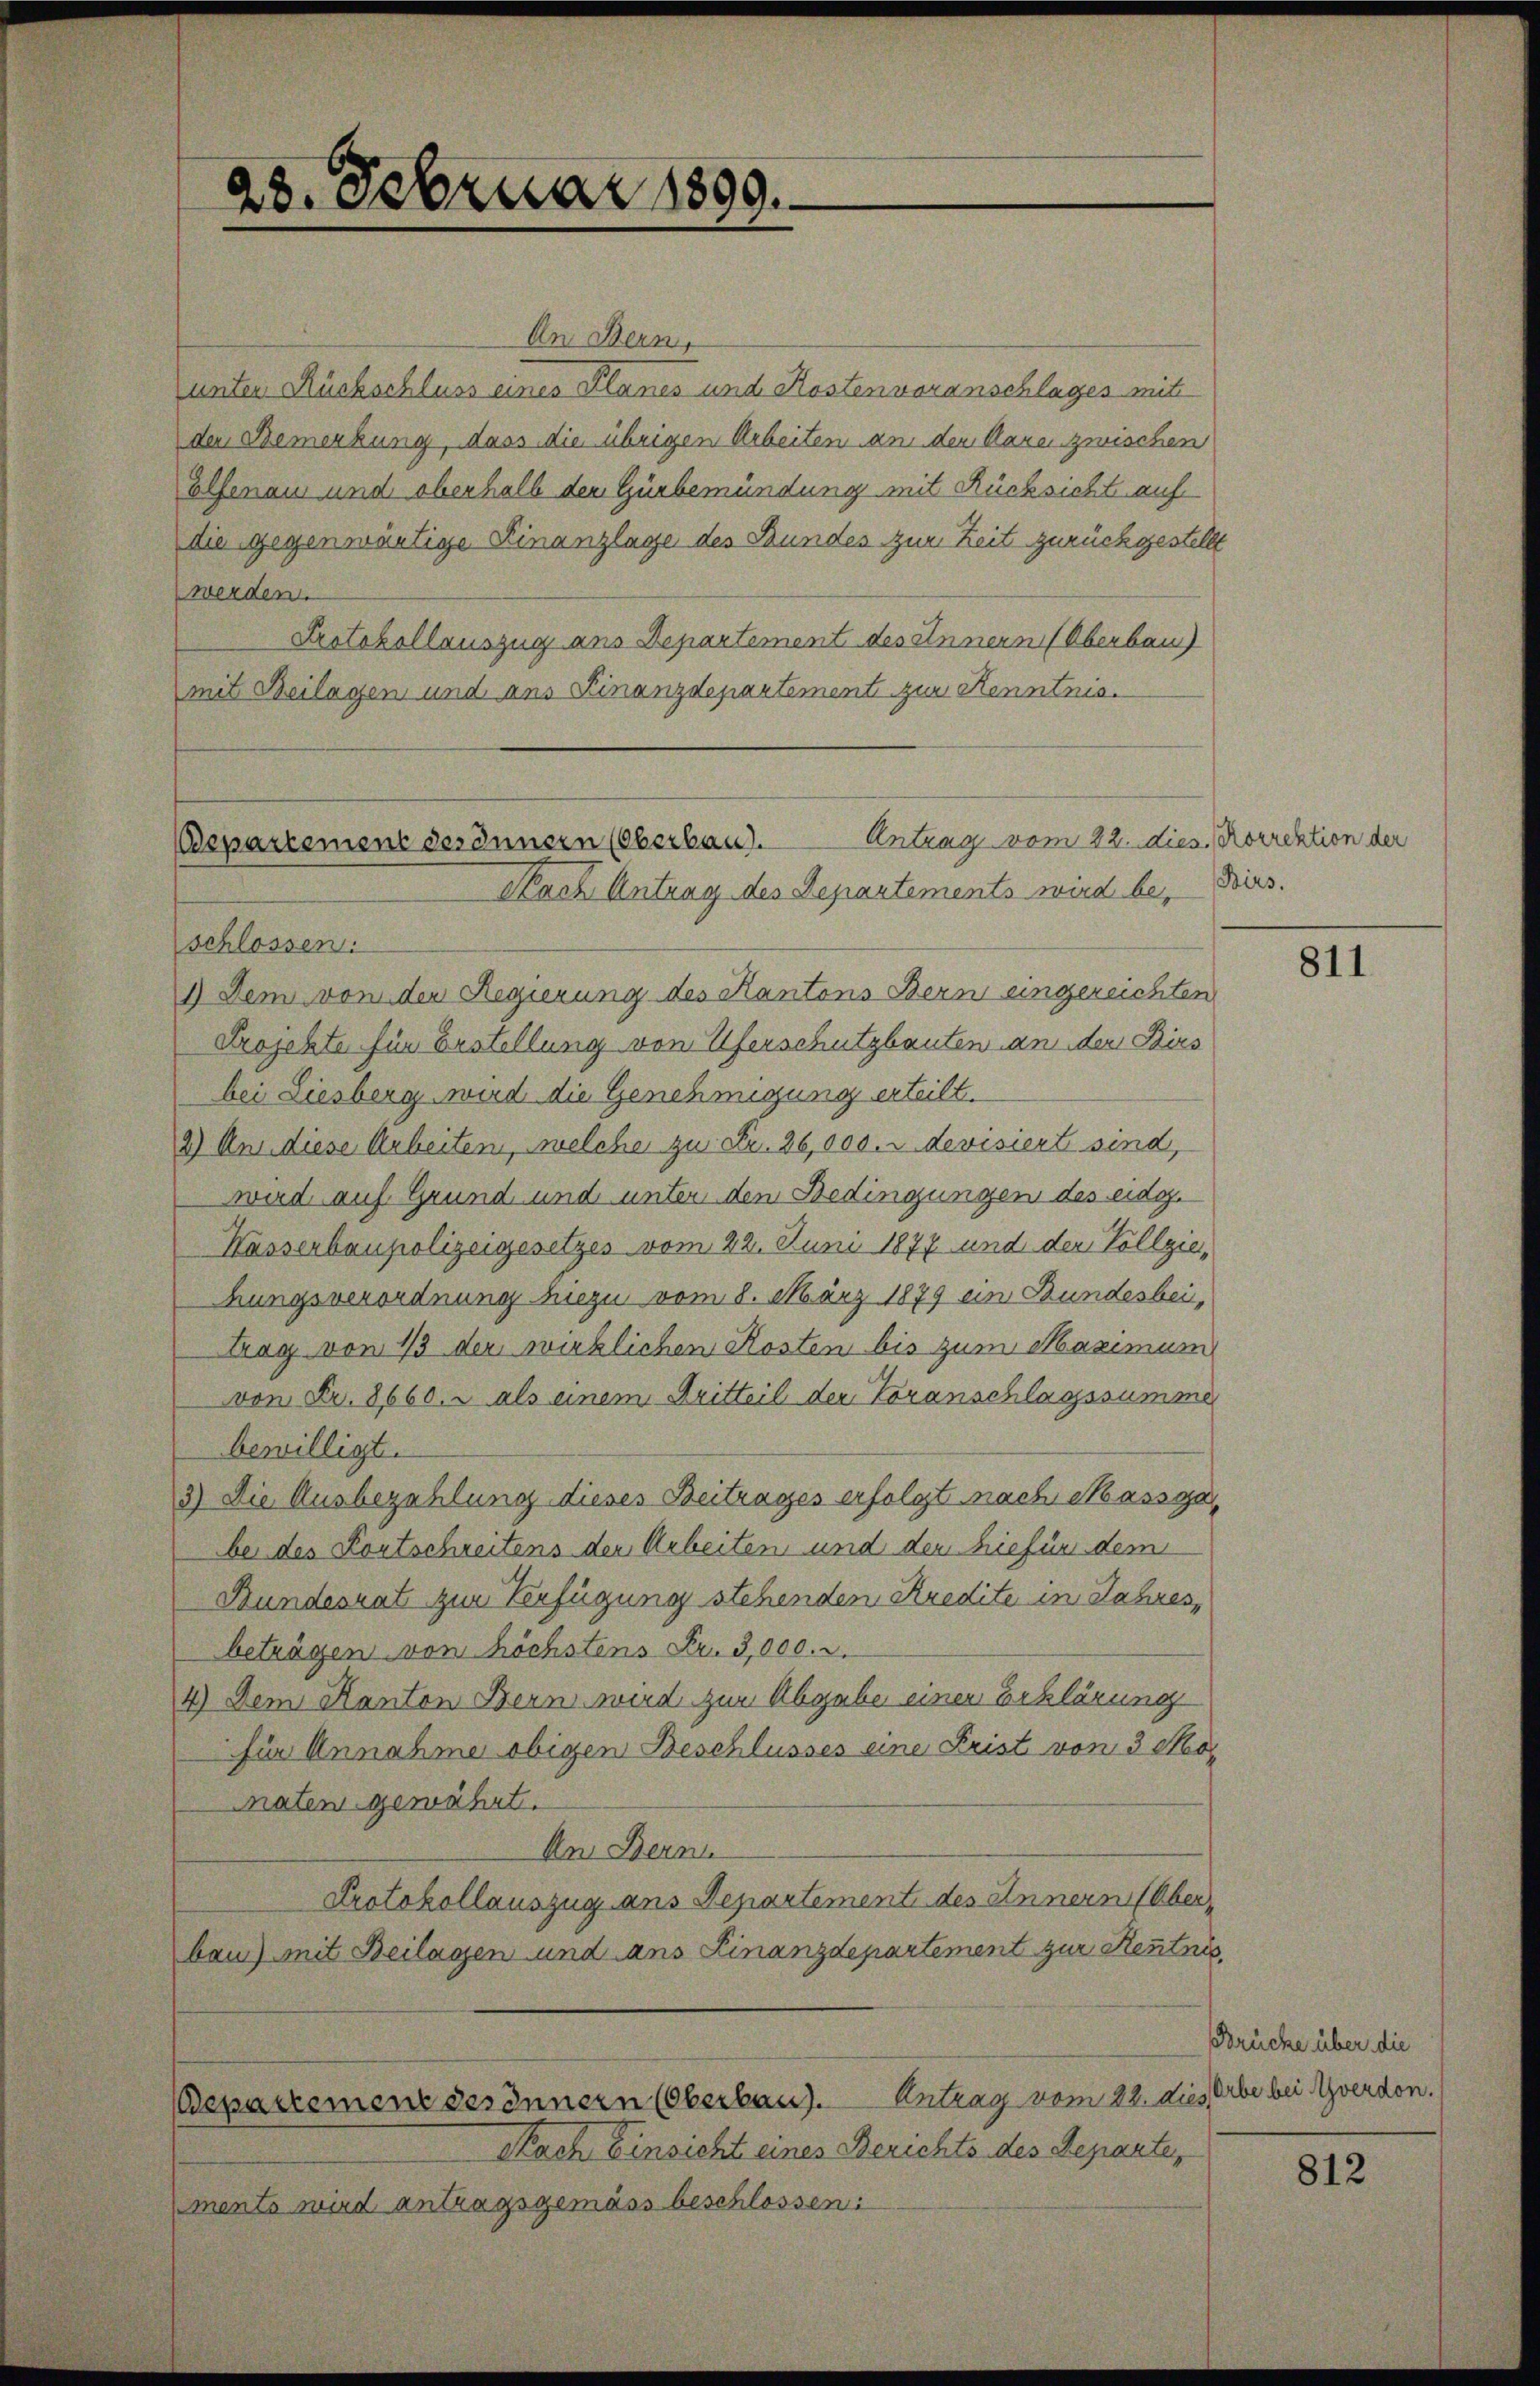
28. Februar 1899.

Antrag vom 22. dies, Korrektion der
Departement des Innern (Oberbau.
Nach Antrag des Departements wird bei Birs.
schlossen:

An Dein,
unter Rückschluss eines Planes und Kostenvoranschlages mit
der Bemerkung, dass die übrigen Arbeiten an den Maren zwischen
Elfenau und oberhalb den Gürbemündung mit Rücksicht auf
die gegenwärtige Finanzlage des Bundes zur Zeit zurückgestellt
werden.
Protokollauszug aus Departement des Innern (Oberbau
mit Beilagen und ans Finanzdepartement zur Kenntma¬

1) Dem von der Regierung des Kantons Bern eingereichten
Projekte für Erstellung von Uferschutzbauten an der Birs
bei Liesberg wird die Genehmigung erteilt.
2) An diese Arbeiten, welche zu Fr. 26,000. u devisiert sind,
wird auf Grund und unter den Bedingungen des eidg.
Wassenbaupolizeigesetzes vom 22. Juni 1877 und der Vollziehungsverordnung hiezu vom 8. März 1879 ein Bundesbeitrag von 1/3 der wirklichen Kosten bis zum Maximum
von Fr. 8660. - als einem Dritteil der Voranschlagssumme
bewilligt.
3.) Die Ausbezahlung dieses Beitrages erfolgt nach Massga
be des Kontschreitens den Arbeiten und dem hiefür dem
Bundesrat zur Verfügung stehenden Kredite in Jahres,
beträgen von höchstens Fr. 3,000. d.
4) Dem Kanton Bern wird zur Abgabe einer Erklärung
für Annahme obigen Beschlusses eine Frist von 3 Momaten gewährt.
An Bern
Protokollauszug aus Departement des Innern (Oberbau) mit Beilagen und ans Finanzdepartement zur Kenntnis
Antrag vom 22. dies Erbe bei Yverdon.
Departement des Innern (Oberbau.
Nach Einsicht eines Berichts des Departe,
ments wird antragsgemäss beschlossen:

811

Brücke über die

812